Lunatic asylums in Bengal annual reports 1899-1911 - 1899-1911
Year: 1899
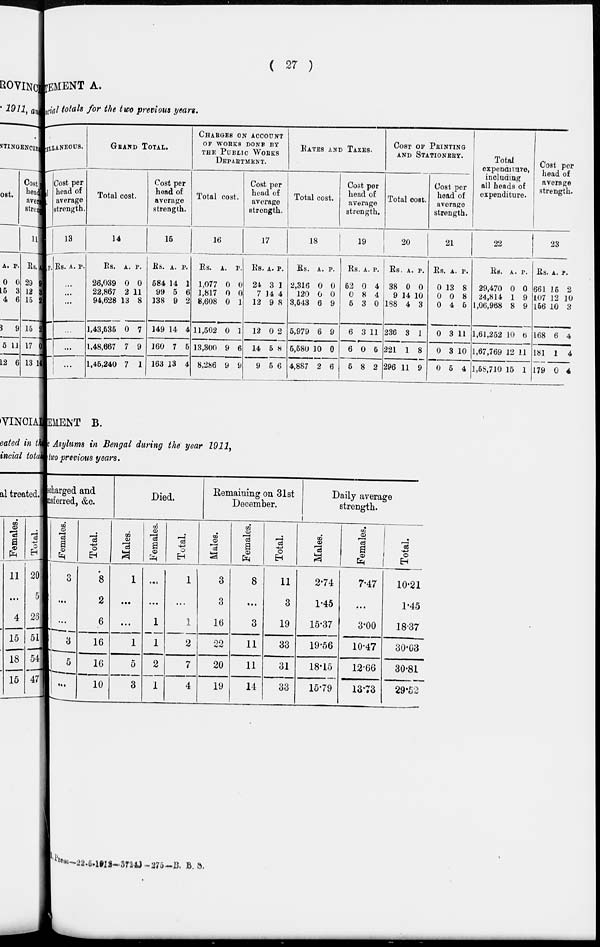
( 27 )
TEMENT A.
ncial totals for the two previous years.
MISCELLANEOUS.
1
P.
Cost per
head of
average
strength.
13
Rs. A. P.
...
...
...
...
...
...
GRAND TOTAL.
Total cost.
14
Rs.
26,039
22,867
94,628
1,43,535
1,48,667
1,45,240
A.
0
2
13
0
7
7
P.
0
11
8
7
9
1
Cost per
head of
average
strength.
15
Rs.
584
99
138
149
160
163
A.
14
5
9
14
7
13
P.
1
6
2
4
5
4
CHAGGES ON ACCOUNT
OF WORKS DONE BY
THE PUBLIC WORKS
DEPARTMENT.
Total cost.
16
Rs.
1,077
1,817
8,608
11,502
13,300
8,286
A.
0
0
0
0
9
9
P.
0
0
1
1
6
9
Cost per
head of
average
strength.
17
Rs.
24
7
12
12
14
9
A.
3
14
9
0
5
5
P.
1
4
8
2
8
6
RATES AND TAXES.
Total cost.
18
Rs.
2,316
120
3,543
5,979
5,580
4,887
A.
0
0
6
6
10
2
P.
0
0
9
9
0
6
Cost per
head of
average
strength.
19
Rs.
52
0
5
6
6
5
A.
0
8
3
3
0
8
P.
4
4
0
11
5
2
COST OF PRINTING
AND STATIONERY.
Total cost.
20
Rs.
38
9
188
236
221
296
A.
0
14
4
3
1
11
P.
0
10
3
1
8
9
Cost per
head of
average
strength.
21
Rs.
0
0
0
0
0
0
A.
13
0
4
3
3
5
P.
8
8
5
11
10
4
Total
expenditure,
including
all heads of
expenditure.
22
Rs.
29,470
24,814
1,06,968
1,61,252
1,67,769
1,58,710
A.
0
1
8
10
12
15
P.
0
9
9
6
11
1
Cost per
head of
average
strength.
23
Rs.
661
107
156
168
181
179
A.
15
12
10
6
1
0
P.
2
10
3
4
4
4
EMENT B.
Asylums in Bengal during the year 1911,
two previous years.
scharged and
csferred, &c.
Females.
3
...
...
3
5
...
Total.
8
2
6
16
16
10
Died.
Males.
1
...
...
1
5
3
Females.
...
...
1
1
2
1
Total.
1
...
1
2
7
4
Remaining on 31st
December.
Males.
3
3
16
22
20
19
Females.
8
...
3
11
11
14
Total.
11
3
19
33
31
33
Daily average
strength.
Males.
2.74
1.45
15.37
19.56
18.15
15.79
Females.
7.47
...
3.00
10.47
12.66
13.73
Total.
10.21
1.45
18.37
30.63
30.81
29.52
Press—22-5-1912—3724J—275—B. B. S.